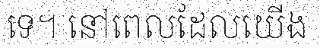
ទេ។ នៅពេលដែលយើង